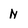
Character: N